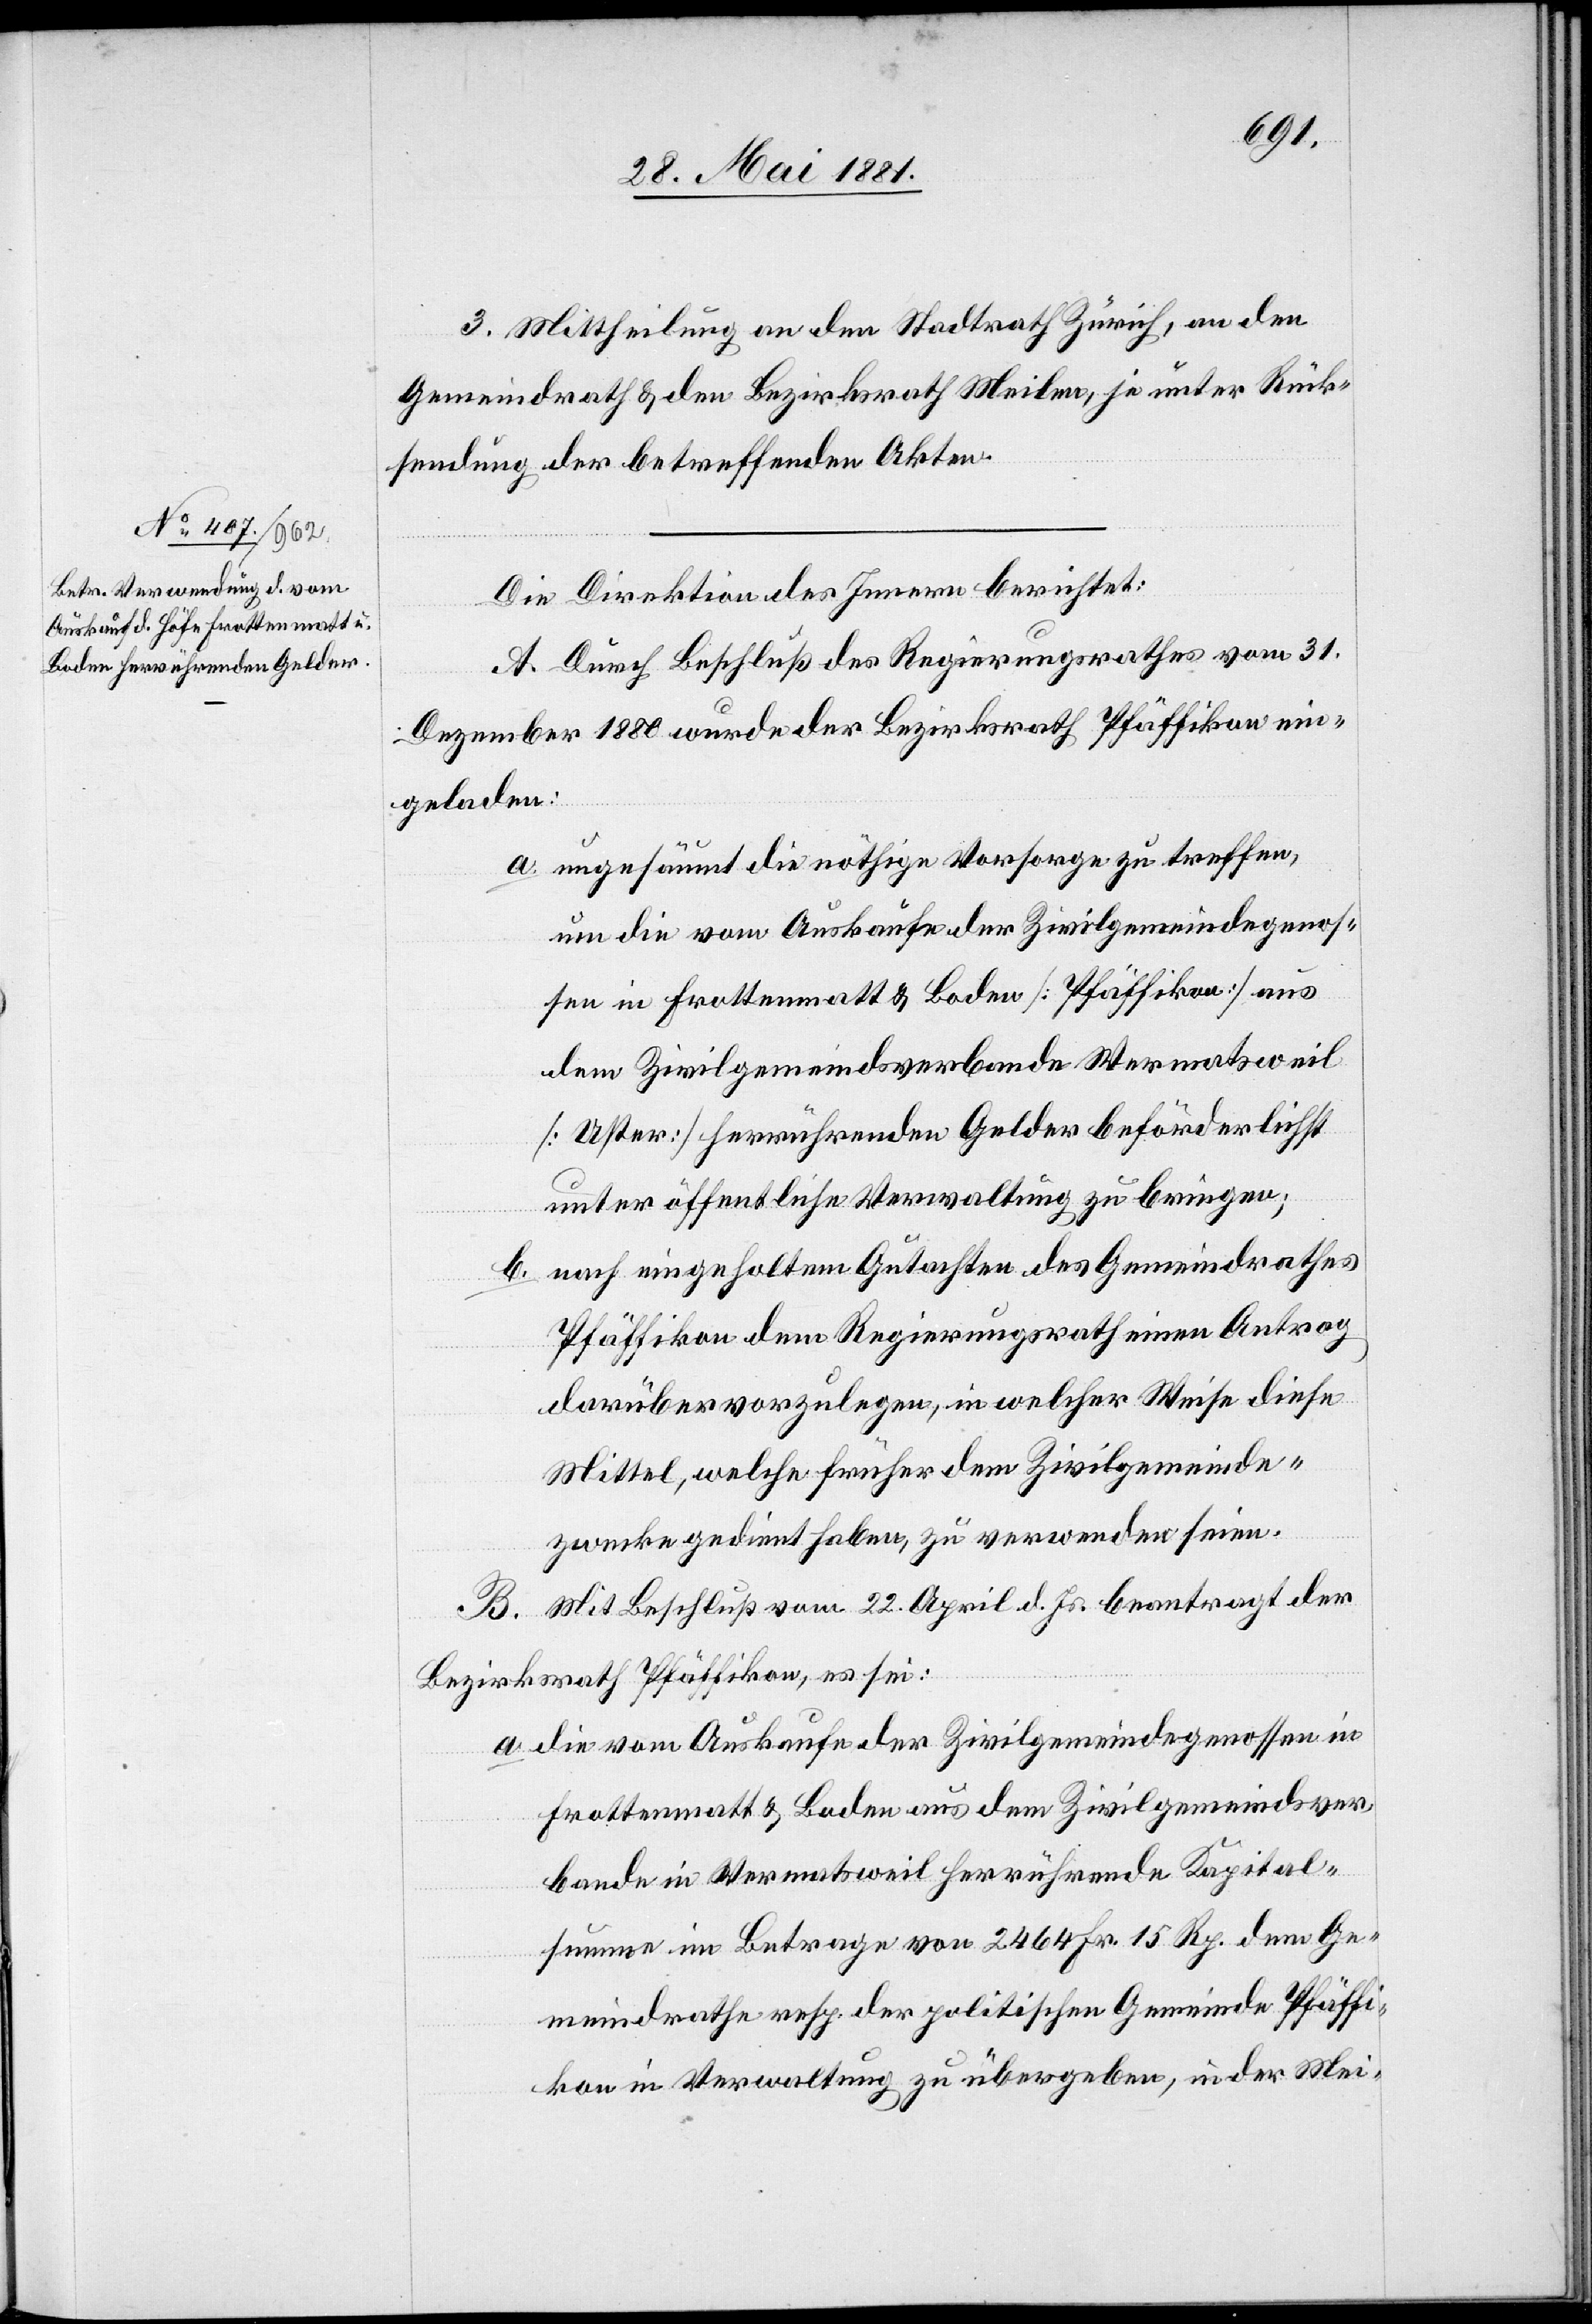
3. Mittheilung an den Stadtrath Zürich, an den
Gemeindrath, den Bezirksrath Meilen, je unter Rück¬
sendung der betreffenden Akten.
Die Direktion des Innern berichtet:
A. Durch Beschluß des Regierungsrathes vom 31.
Dezember 1880 wurde der Bezirksrath Pfäffikon ein¬
geladen:
a. ungesäumt die nöthige Vorsorge zu treffen,
um die vom Auskaufe der Zivilgemeindegenos¬
sen in Frottenmatt & Boden [Pfäffikon] aus
dem Zivilgemeindsverbande Wermatsweil
[Uster] herrührenden Gelder beförderlichst
unter öffentliche Verwaltung zu bringen;
b. nach eingeholtem Gutachten des Gemeindrathes
Pfäffikon dem Regierungsrath einen Antrag
darüber vorzulegen, in welcher Weise diese
Mittel, welche früher dem Zivilgemeinde¬
zwecke gedient haben, zu verwenden seien.
B. Mit Beschluß vom 22. April d. Js. beantragt der
Bezirksrath Pfäffikon, es sei:
a. die vom Auskaufe der Zivilgemeindegenossen in
Frottenmatt & Boden aus dem Zivilgemeindsver¬
bande in Wermatsweil führende Kapital¬
summe im Betrage von 2464 Fr. 15 Rp. dem Ge¬
meindrathe resp. der politischen Gemeinde Pfäffi¬
kon in Verwaltung zu übergeben, in der Mei-